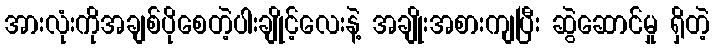
အားလုံးကိုအချစ်ပိုစေတဲ့ပါးချိုင့်လေးနဲ့ အချိုးအစားကျပြီး ဆွဲဆောင်မှု ရှိတဲ့